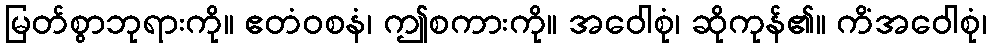
မြတ်စွာဘုရားကို။ ဧတံဝစနံ၊ ဤစကားကို။ အဝေါစုံ၊ ဆိုကုန်၏။ ကိံအဝေါစုံ၊